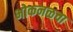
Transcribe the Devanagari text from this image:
भोकनळचा